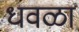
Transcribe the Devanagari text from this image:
धवळा